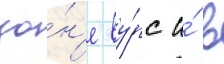
зо́н'е ву́рс и́ в